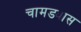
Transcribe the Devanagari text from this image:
चामड्यास